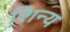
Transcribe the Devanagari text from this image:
शिन्य